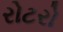
રોટરો